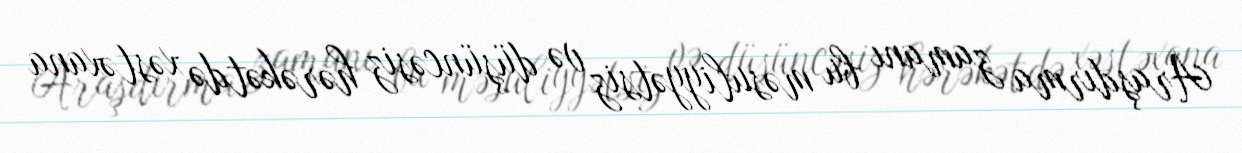
Araşdırma zamanı bu məsuliyyətsiz və düşüncəsiz hərəkətdə xəstəxana